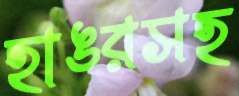
হাঙরসহ